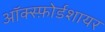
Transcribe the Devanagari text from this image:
ऑक्स्फ़ोर्डशायर